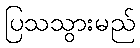
ပြသသွားမည်